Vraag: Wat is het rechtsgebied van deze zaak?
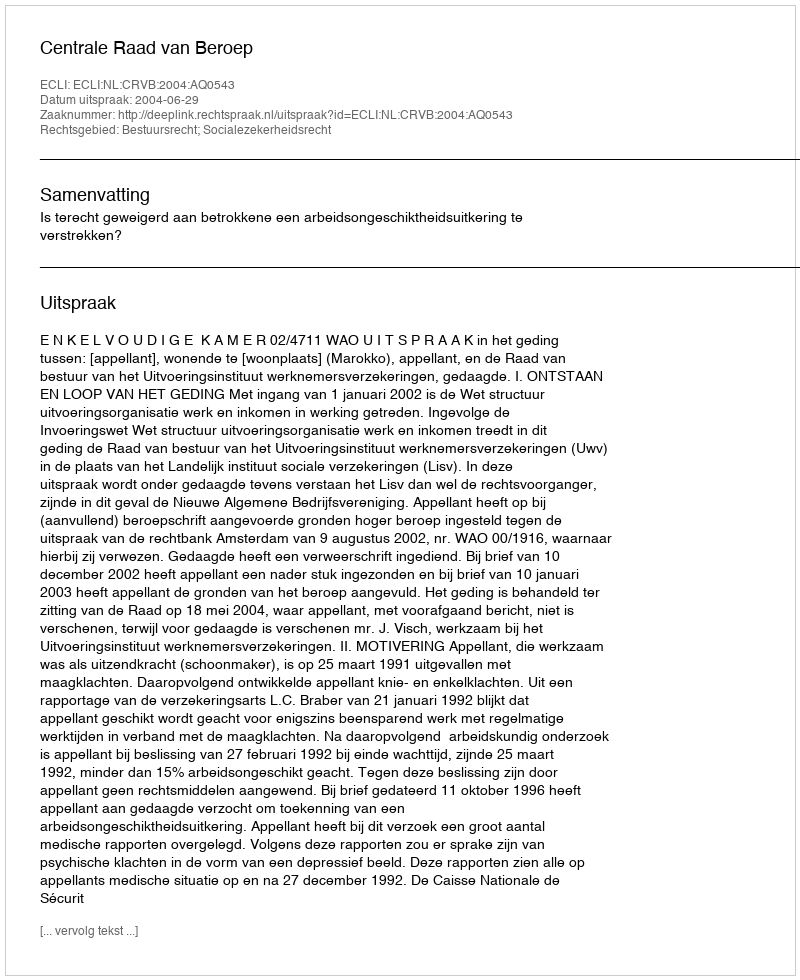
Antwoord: Bestuursrecht; Socialezekerheidsrecht